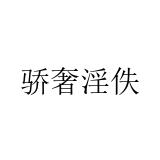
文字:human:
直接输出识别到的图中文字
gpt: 骄奢淫佚